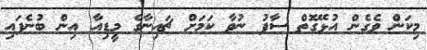
މިކަން ވެގެން އުޅޭގޮތް ސާފު ނުވާ ކަމަށް ޗައިނާގެ މީޑިއާ އިން ބުނެފައި